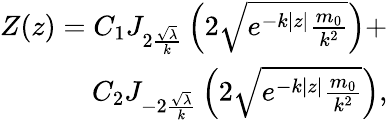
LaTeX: \begin{array}{r}{Z(z)=C_{1}J_{2\frac{\sqrt{\lambda}}{k}}\left(2\sqrt{e^{-k|z|}\frac{{m_{0}}}{k^{2}}}\right)+}\\ {C_{2}J_{-2\frac{\sqrt{\lambda}}{k}}\left(2\sqrt{e^{-k|z|}\frac{{m_{0}}}{k^{2}}}\right),}\end{array}